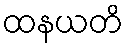
ထနယတိ